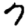
Digit: 7